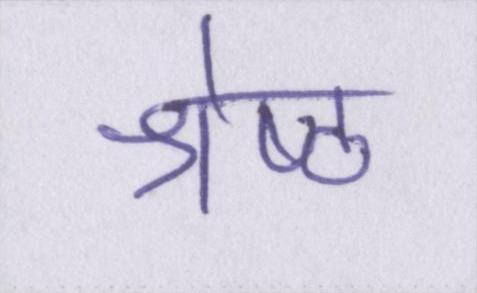
श्रेष्ठ